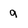
Character: g